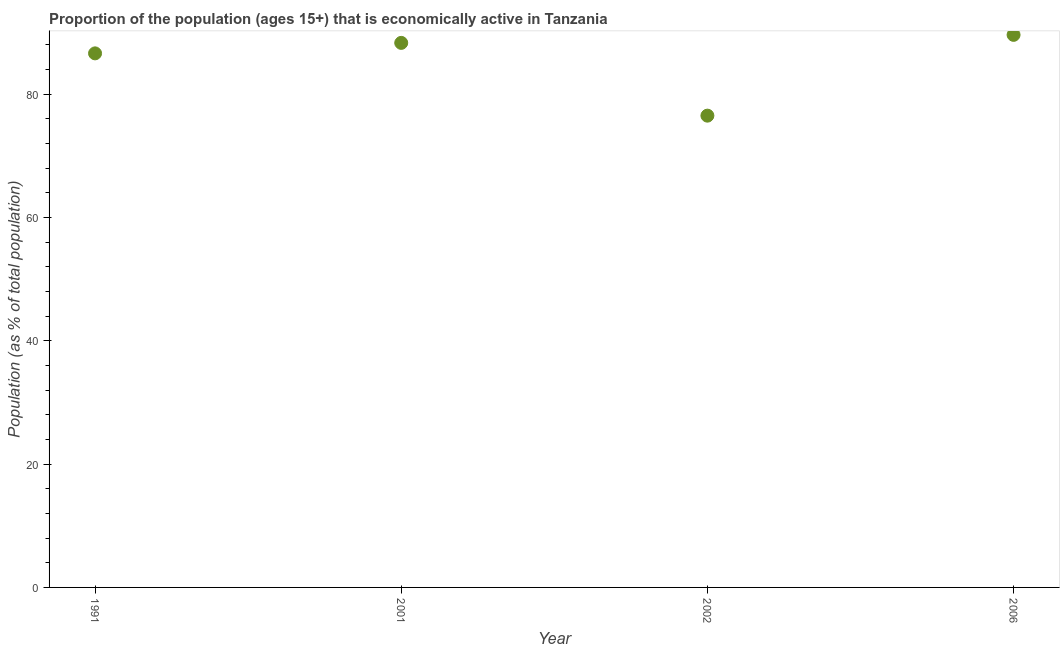
| Year | Labor force participation rate total |
 | --- | --- |
 | 1991 | 86.6 |
 | 2001 | 88.3 |
 | 2002 | 76.5 |
 | 2006 | 89.6 |